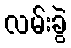
လမ်းခွဲ